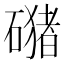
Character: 𱴴